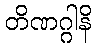
တိဏဂ္ဂါနိ